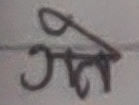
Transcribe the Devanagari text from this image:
गने